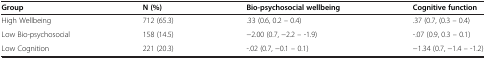
<table><thead><tr><td><b>Group</b></td><td><b>N (%)</b></td><td><b>Bio-psychosocial wellbeing</b></td><td><b>Cognitive function</b></td></tr></thead><tbody><tr><td>High Wellbeing</td><td>712 (65.3)</td><td>.33 (0.6, 0.2 – 0.4)</td><td>.37 (0.7, (0.3 – 0.4)</td></tr><tr><td>Low Bio-psychosocial</td><td>158 (14.5)</td><td>−2.00 (0.7, −2.2 – -1.9)</td><td>-.07 (0.9, 0.3 – 0.1)</td></tr><tr><td>Low Cognition</td><td>221 (20.3)</td><td>-.02 (0.7, −0.1 – 0.1)</td><td>−1.34 (0.7, −1.4 – -1.2)</td></tr></tbody></table>